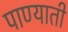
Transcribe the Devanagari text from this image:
पाण्याती